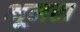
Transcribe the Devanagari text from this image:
भूमरा